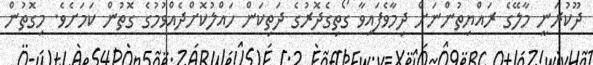
ދޫކުރަނީ މާލޭގެ ރައްޔިތުންނަށް ދިމާވެފައިވާ ގޯތިގެދޮރުގެ ދަތިކަން ހައްލުކޮށްދެއްވުމުގެ ގޮތުން ކަމަށެވެ. މިގޮތުން